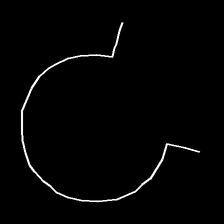
Glyph: weave